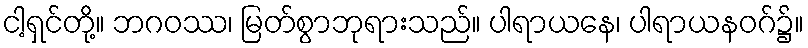
ငါ့ရှင်တို့။ ဘဂဝဿ၊ မြတ်စွာဘုရားသည်။ ပါရာယနေ၊ ပါရာယနဝဂ်၌။